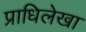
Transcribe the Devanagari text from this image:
प्राधिलेखा